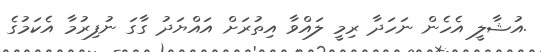
.އުޝާލީ އެހެން ނަހަދާ ރިމީ ލައްވާ އިތުރަށް އައްޔަދު ގާގަ ނުފިރުމާ އެކަމުގެ